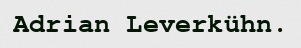
Adrian Leverkühn.